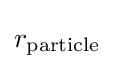
r_{\text{particle}}